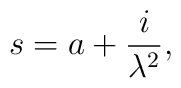
s = a + \frac{i}{\lambda^2},